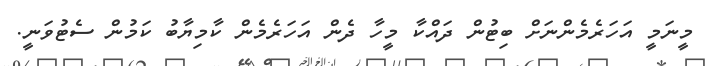
މީނަމީ އަހަރެމެންނަށް ބިޓުން ދައްކާ މީހާ ދެން އަހަރެމެން ކާމިޔާބު ކަމުން ސެޓުވަނީ.